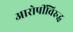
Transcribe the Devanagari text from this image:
आरोपींविरुद्ध